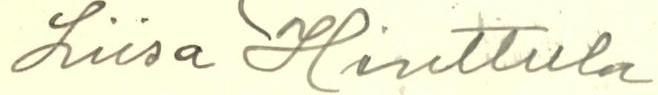
Liisa Hinttula